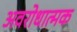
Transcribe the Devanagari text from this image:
अवरोधात्मक